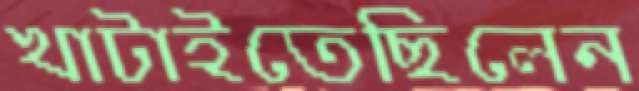
খাটাইতেছিলেন